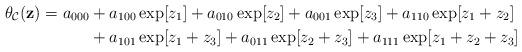
LaTeX: \begin{align*}\theta_{\mathcal{C}}(\mathbf{z}) = a_{000} &+ a_{100}\exp[z_1] + a_{010}\exp[z_2] + a_{001}\exp[z_3] + a_{110}\exp[z_1 + z_2]\\ & + a_{101}\exp[z_1 + z_3]+ a_{011}\exp[z_2 + z_3] + a_{111}\exp[z_1 + z_2 + z_3]\end{align*}